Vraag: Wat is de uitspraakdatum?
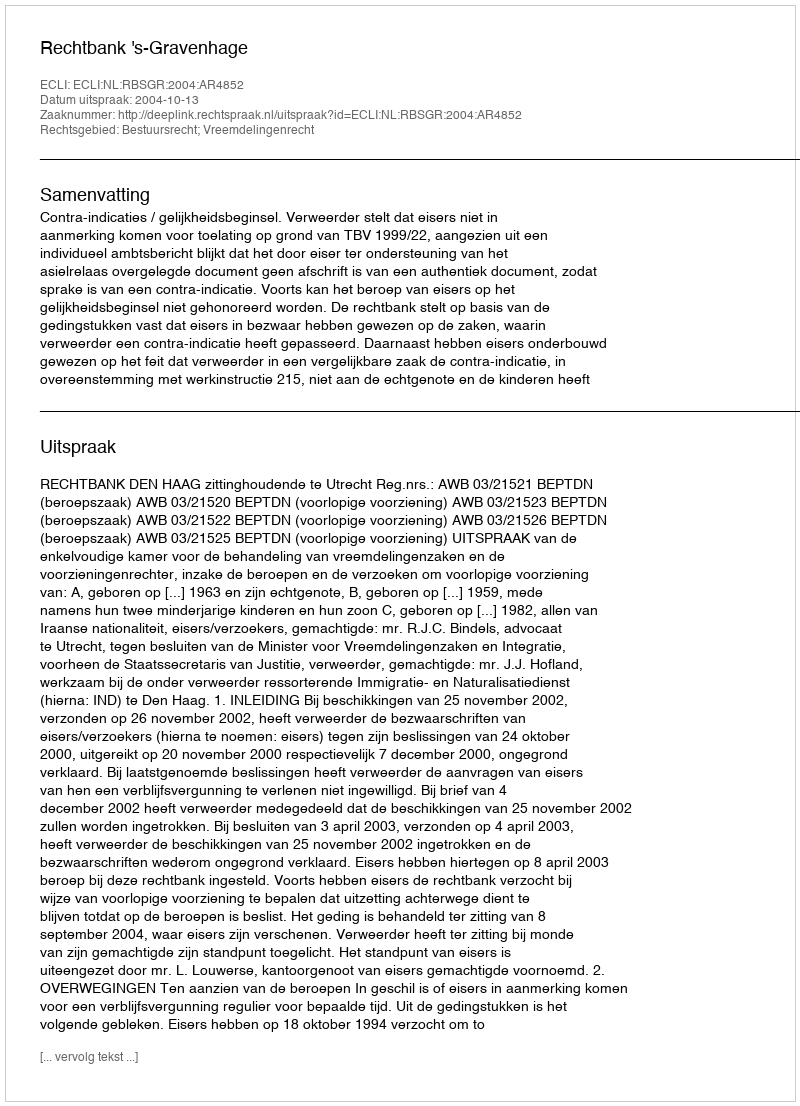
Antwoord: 2004-10-13